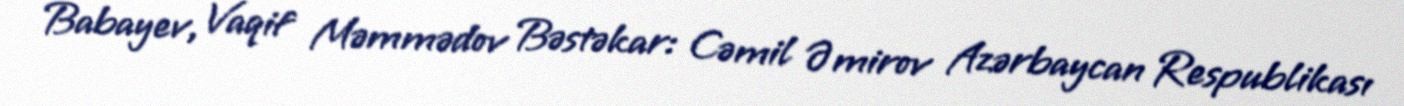
Babayev, Vaqif Məmmədov Bəstəkar: Cəmil Əmirov Azərbaycan Respublikası